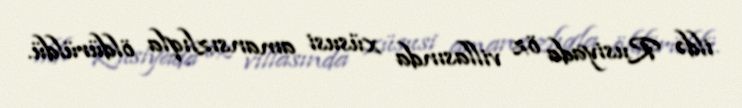
ildə Rusiyada öz villasında xüsusi amansızlıqla öldürüldü.